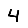
Digit: 4